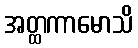
အတ္ထကာမောသိ